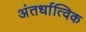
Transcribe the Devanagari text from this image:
अंतर्धात्विक